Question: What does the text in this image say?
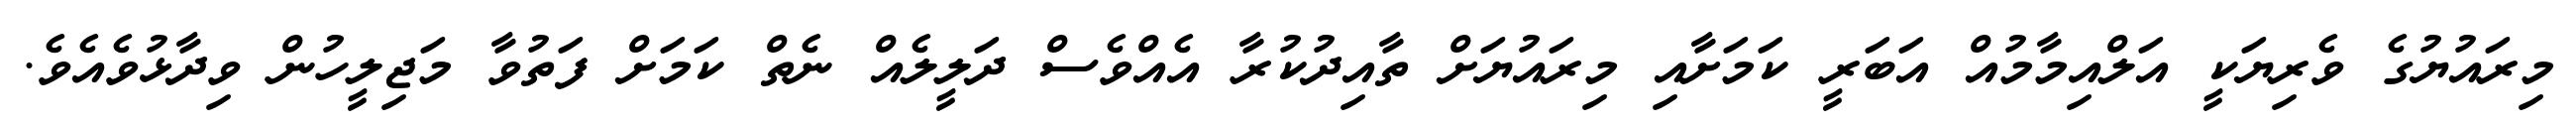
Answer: މިރައުޔުގެ ވެރިޔަކީ އަލްއިމާމުއް އަބަރީ ކަމަށާއި މިރައުޔަށް ތާއިދުކުރާ އެއްވެސް ދަލީލެއް ނެތް ކަމަށް ފަތުވާ މަޖިލީހުން ވިދާޅުވެއެވެ.